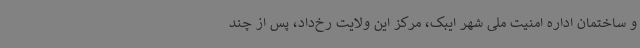
و ساختمان اداره امنیت ملی شهر ایبک، مرکز این ولایت رخ‌داد، پس از چند